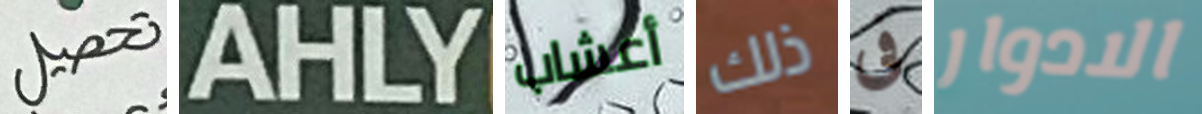
تحصيل AHLY أعشاب ذلك فى الادوار